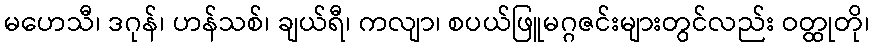
မဟေသီ၊ ဒဂုန်၊ ဟန်သစ်၊ ချယ်ရီ၊ ကလျာ၊ စပယ်ဖြူမဂ္ဂဇင်းများတွင်လည်း ဝတ္ထုတို၊